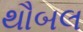
થૌબલ